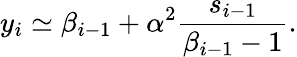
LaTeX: y_{i}\simeq\beta_{i-1}+\alpha^{2}\frac{s_{i-1}}{\beta_{i-1}-1}.